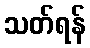
သတ်ရန်